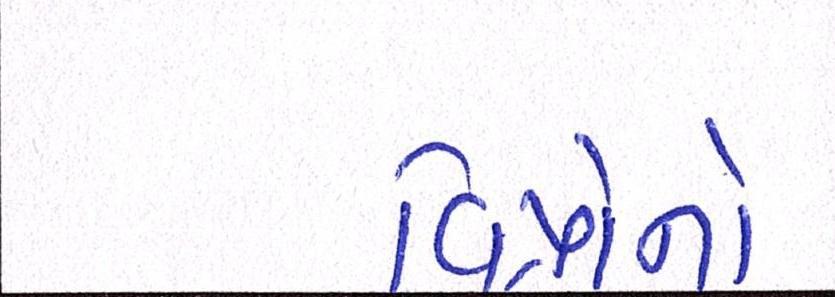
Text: વિપ્રોનો